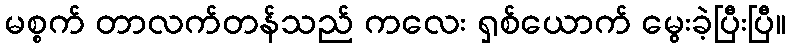
မစ္စက် တာလက်တန်သည် ကလေး ရှစ်ယောက် မွေးခဲ့ပြီးပြီ။